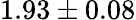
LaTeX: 1.93\pm 0.08